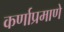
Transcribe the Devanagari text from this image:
कर्णाप्रमाणे